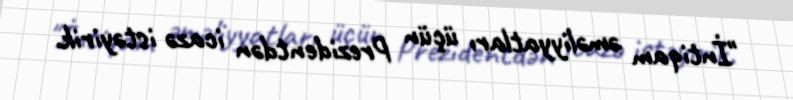
"İntiqam əməliyyatları üçün Prezidentdən icazə istəyirik.